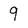
Character: 9